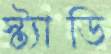
স্ট্যাডি